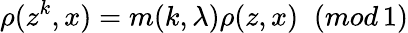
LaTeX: \rho(z^{k},x)=m(k,\lambda)\rho(z,x)\; \; (mod\, 1)